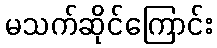
မသက်ဆိုင်ကြောင်း